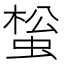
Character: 𧌻